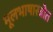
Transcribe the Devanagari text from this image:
मूलभाषास्त्रोत